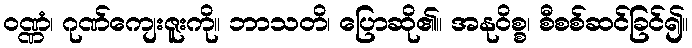
ဝဏ္ဏံ၊ ဂုဏ်ကျေးဇူးကို။ ဘာသတိ၊ ပြောဆို၏။ အနုဝိစ္စ၊ စီစစ်ဆင်ခြင်၍။